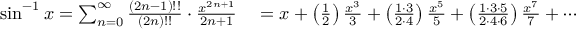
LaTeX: \begin{array} { r l } { \sin ^ { - 1 } x = \sum _ { n = 0 } ^ { \infty } { \frac { ( 2 n - 1 ) ! ! } { ( 2 n ) ! ! } } \cdot { \frac { x ^ { 2 n + 1 } } { 2 n + 1 } } } & { { } = x + \left( { \frac { 1 } { 2 } } \right) { \frac { x ^ { 3 } } { 3 } } + \left( { \frac { 1 \cdot 3 } { 2 \cdot 4 } } \right) { \frac { x ^ { 5 } } { 5 } } + \left( { \frac { 1 \cdot 3 \cdot 5 } { 2 \cdot 4 \cdot 6 } } \right) { \frac { x ^ { 7 } } { 7 } } + \cdots } \end{array}